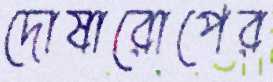
দোষারোপের